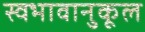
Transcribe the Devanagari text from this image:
स्वभावानुकूल